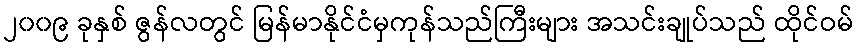
၂၀၀၉ ခုနှစ် ဇွန်လတွင် မြန်မာနိုင်ငံမှကုန်သည်ကြီးများ အသင်းချုပ်သည် ထိုင်ဝမ်